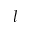
l